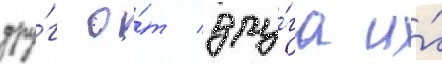
дру́г о́т дру́га и́